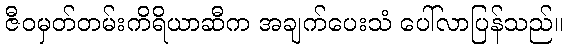
ဇီဝမှတ်တမ်းကိရိယာဆီက အချက်ပေးသံ ပေါ်လာပြန်သည်။